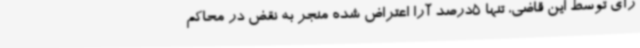
رأی توسط این قاضی، تنها 5درصد آرا اعتراض شده منجر به نقض در محاکم